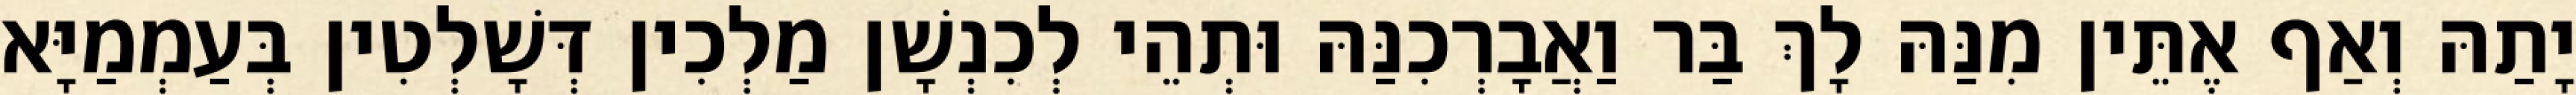
יָתַהּ וְאַף אֶתֵּין מִנַּהּ לָךְ בַּר וַאֲבָרְכִנַּהּ וּתְהֵי לְכִנְשָׁן מַלְכִין דְּשָׁלְטִין בְּעַמְמַיָּא